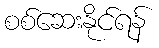
စစ်ဆေးနိုင်ရန်